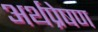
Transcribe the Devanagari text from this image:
अर्थप्रेषण